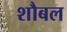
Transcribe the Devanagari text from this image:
शौबल